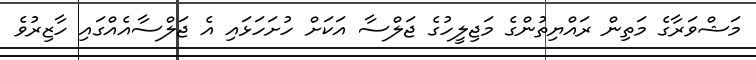
މަޝްވަރާގެ މަތިން ރައްޔިތުންގެ މަޖިލީހުގެ ޖަލްސާ އަކަށް ހުށަހަޅައި އެ ޖަލްސާއެއްގައި ހާޒިރުވެ